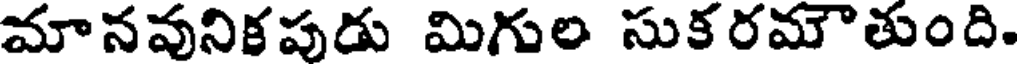
మానవునికపుడు మిగుల సుక రమౌతుంది.